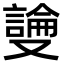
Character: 𫩎